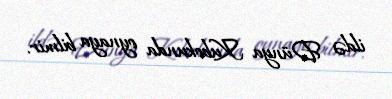
ildə Dünya Kubokunda oynaya bilmir.